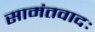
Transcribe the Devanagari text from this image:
सामंतवादः